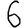
Digit: 6